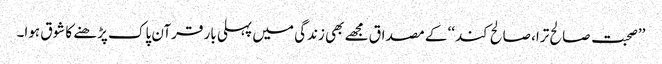
’’صحبت صالح ترا، صالح کند‘‘ کے مصداق مجھے بھی زندگی میں پہلی بار قرآن پاک پڑھنے کا شوق ہوا۔